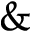
\&